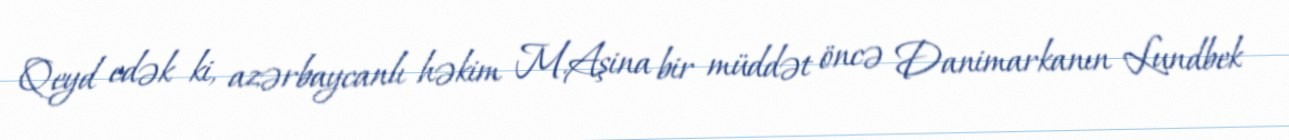
Qeyd edək ki, azərbaycanlı həkim M.Aşina bir müddət öncə Danimarkanın Lundbek